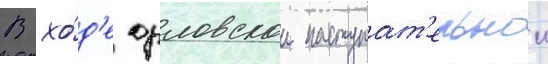
В хо́д'е орловскои наступат'ельнои